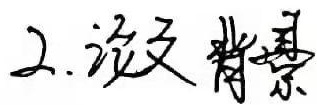
2. 论文背景